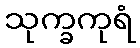
သုက္ခကုရံ